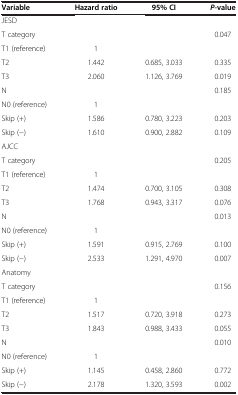
| Variable | Hazard ratio | 95% CI | P-value |
 | --- | --- | --- | --- |
 | JESD |  |  |  |
 | T category |  |  | 0.047 |
 | T1 (reference) | 1 |  |  |
 | T2 | 1.442 | 0.685, 3.033 | 0.335 |
 | T3 | 2.060 | 1.126, 3.769 | 0.019 |
 | N |  |  | 0.185 |
 | N0 (reference) | 1 |  |  |
 | Skip (+) | 1.586 | 0.780, 3.223 | 0.203 |
 | Skip (−) | 1.610 | 0.900, 2.882 | 0.109 |
 | AJCC |  |  |  |
 | T category |  |  | 0.205 |
 | T1 (reference) | 1 |  |  |
 | T2 | 1.474 | 0.700, 3.105 | 0.308 |
 | T3 | 1.768 | 0.943, 3.317 | 0.076 |
 | N |  |  | 0.013 |
 | N0 (reference) | 1 |  |  |
 | Skip (+) | 1.591 | 0.915, 2.769 | 0.100 |
 | Skip (−) | 2.533 | 1.291, 4.970 | 0.007 |
 | Anatomy |  |  |  |
 | T category |  |  | 0.156 |
 | T1 (reference) | 1 |  |  |
 | T2 | 1.517 | 0.720, 3.918 | 0.273 |
 | T3 | 1.843 | 0.988, 3.433 | 0.055 |
 | N |  |  | 0.010 |
 | N0 (reference) | 1 |  |  |
 | Skip (+) | 1.145 | 0.458, 2.860 | 0.772 |
 | Skip (−) | 2.178 | 1.320, 3.593 | 0.002 |